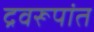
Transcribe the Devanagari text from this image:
द्रवरूपांत